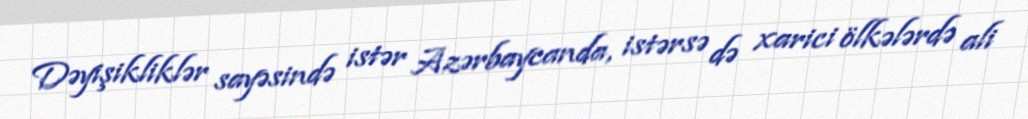
Dəyişikliklər sayəsində istər Azərbaycanda, istərsə də xarici ölkələrdə ali